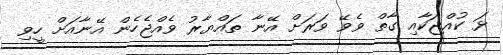
ޅަ ކުއްޖަކާއި ގާތް ވެވޭ ވަރަށް އޭނާ ތައްޔާރު ވެއްޖެހެން އޭނާއަށް ހީވި